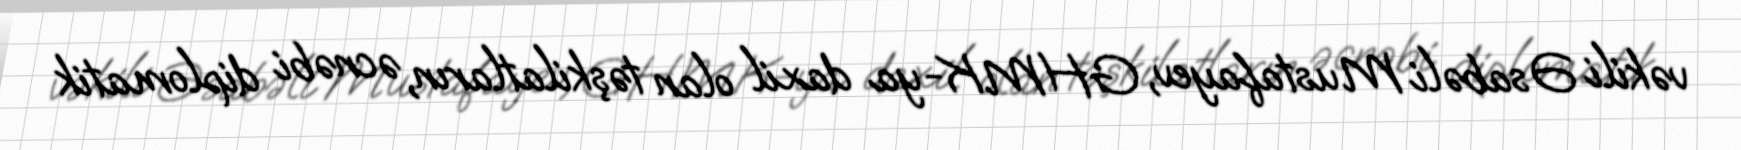
vəkili Əsabəli Mustafayev, GHMK-ya daxil olan təşkilatların, əcnəbi diplomatik